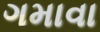
ગમાવા